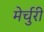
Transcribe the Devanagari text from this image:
मेर्चुरी